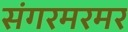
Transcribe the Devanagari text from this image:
संगरमरमर